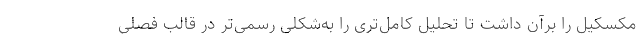
مکسکیل را برآن داشت تا تحلیل کامل‌تری را به‌شکلی رسمی‌تر در قالب فصلی